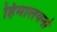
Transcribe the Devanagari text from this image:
हिमालयनो